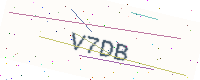
Text: V7DB